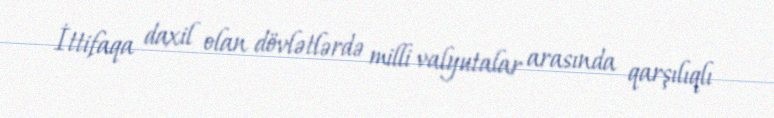
İttifaqa daxil olan dövlətlərdə milli valyutalar arasında qarşılıqlı